Report of the Municipal Commissioner on the plague in Bombay for the year ending 31st May... - Volume 2
Disease focus: Plague
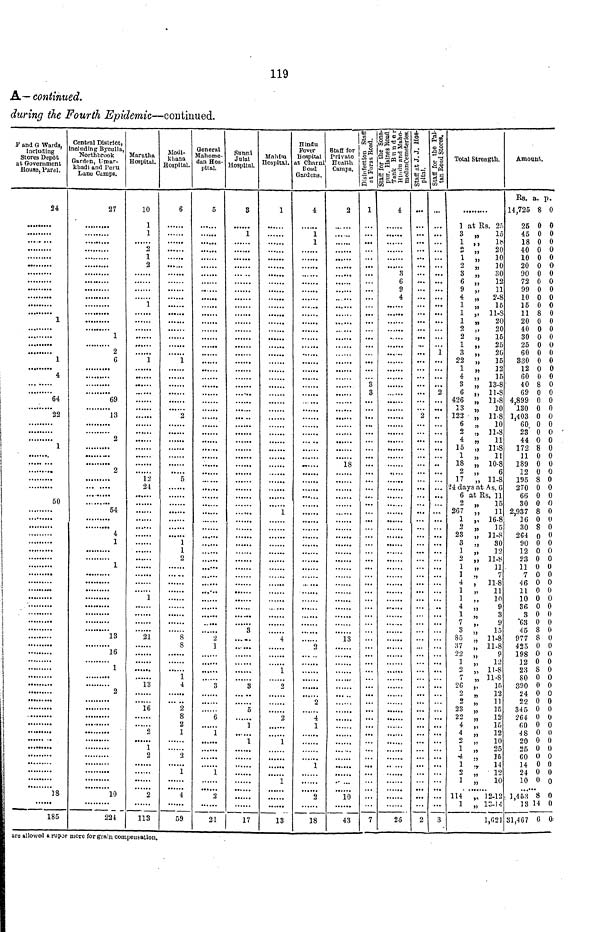
119
A— continued.
during the Fourth Epidemic—continued.
F and G Wards,
including
Stores Depot
at Government
House, Parel.
24
1
1
4
64
22
1
50
18
185
Central District,
including Byculla,
Northbrook
Garden, Umar-
khadi and Peru
Lane Camps.
27
1
2
G
69
13
2
2
54
4
1
1
13
16
1
2
10
224
Maratha
Hospital.
10
1
1
2
1
2
1
1
12
24
1
21
13
16
2
1
2
2
113
Modi-
khana
Hospital.
6
1
2
5
1
1
2
8
8
1
4
2
8
2
1
2
1
4
59
General
Mahome-
dan Hos-
pital.
5
2
1
3
6
1
1
3
21
Sunni
Julai
Hospital.
S
1
3
8
5
1
1
17
Mahim
Hospital
1
1
4
1
2
2
1
1
13
Hindu
Fever
Hospital
at Charni
Road
Gardens.
4
1
1
2
2
4
1
1
2
18
Staff for
Private
Health
Camps.
2
18
13
10
43
Disinfection Staff
at Poras Road.
1
3
3
7
tail for the sona-
pur.
Haines Road
Tank Bunder
Hindu and Maho-
medanCemeterles.
4
8
6
9
4
26
...
...
...
...
2
2
Staff
for the Pal-
tan Road Stores.
...
...
...
...
1
2
,.
3
Total Strength.
1 at Rs. 25
3 „
15
1 ,, 18
2 „
20
1 „ 10
2 „
10
3 „
30
6 „
12
9 „
11
4 „ 2-8
1 „
15
1 „ 11-8
1 „ 20
2 „
20
2 „
15
1 »
25
3 „
26
22 „
15
1 „ 12
4 „
15
3 „ 13-8
6 „ 11-8
426 „ 11-8
13 „
10
122 „ 11-8
6 „
10
2 „ 11-8
4 „
11
15 „ 11-8
1 „
11
18 „ 10-8
2 „
6
17 „ 11-8
24 days at A s. 6
6 at Rs. 11
2 „
15
267 „
11
1 „ 16-8
2 „
15
23 „ 11-8
3 „
30
1 „
12
2 „ 11-8
1 »
11
1
"
7
4 , 11-8
1 „
11
1
„
10
4 „
9
1 3
7 „
9
3 „
15
85
11-8
37 „ 11-8
22 „
9
1 ,;
12
2 „ 11-8
7 „ 11-8
26 „
15
2 „
12
2 „ 11
23 „
15
22 „
12
4 „
15
4 „
12
2 „
10
1 „
25
4
"
15
1 „ 14
2 „
12
1 „
10
114
12-12
1 „ 13-14
1,02
Amount.
Es. a. p.
14,725 8 0
25 0 0
45 0 0
18 0 0
40 0 0
10 0 0
20 0 0
90 0 0
72 0 0
99 0 0
10 0 0
15 0 0
11 8 0
20 0 0
40 0 0
30 0 0
25 0 U
60 0 0
330 0 0
12 0 0
60 0 0
40 8 0
69 0 0
4,899 0 0
130 0 0
1,403 0 0
60 0 0
23 0 0 '
44 0 0
172 8 0
11 0 0
189 0 0
12 0 0
195 8 0
270 0 0
66 0 0
30 0 0
2.937 8 0
16 0 U
30 8 0
264 0 0
90 0 0
12 0 0
23 0 0
11 0 0
7 0 0
46 0 0
11 0 0
10 0 0
36 0 0
3 0 0
C3 0 0
45 8 0
977 8 0
425 0 0
198 0 0
12 0 0
23 8 0
80 0 0
390 0 0
24 0 0
22 0 0
345 0 0
264 0 0
GO 0 0
48 0 0
20 0 0
25 0 0
60 0 0
14 0 0
24 0 0
10 0 o
1,453 8 0
13 14 0
31,467 6 0
are allowed a rupee more for grain compensation.